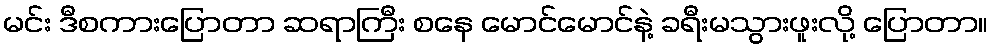
မင်း ဒီစကားပြောတာ ဆရာကြီး စနေ မောင်မောင်နဲ့ ခရီးမသွားဖူးလို့ ပြောတာ။